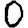
Digit: 0